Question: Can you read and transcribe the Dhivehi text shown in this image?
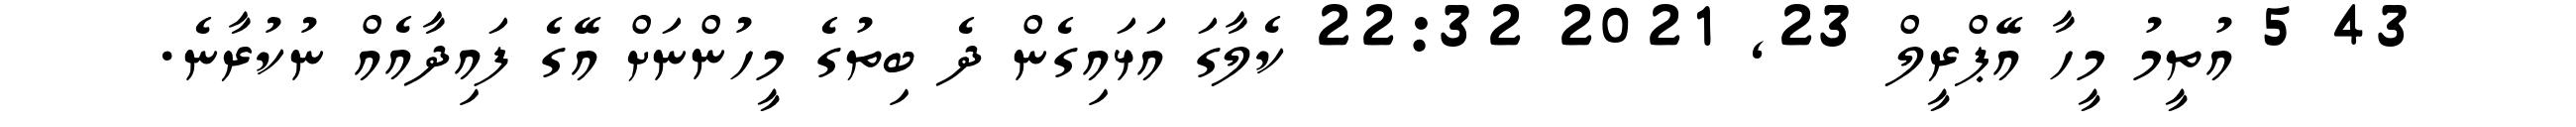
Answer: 43 5 އުތީމު މީހާ އޭޕްރީލް 23, 2021 22:32 ކެލާގަ އަޅައިގެން ދެ ބިތުގެ މީހުންނަށް އޭގެ ފައިދާއެއް ނުކުރާނެ.